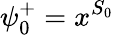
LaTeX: \psi_{0}^{+}=x^{S_{0}}